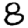
Digit: 8